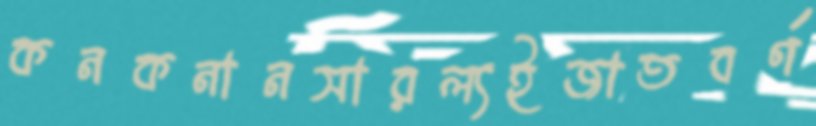
কনকনানসারল্যইজাতবর্ণ